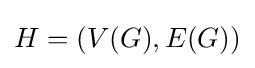
H=(V(G),E(G))